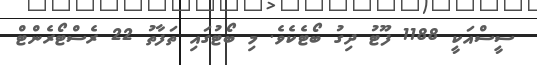
ސީސްއަކީ 1188 ފޫޓު ދިގު ބޯޓެކެވެ. މި ބޯޓުގައި ތަފާތު 22 ރެސްޓޯރެންޓް